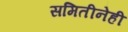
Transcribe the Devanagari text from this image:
समितीनेही